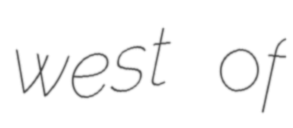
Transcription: west of